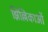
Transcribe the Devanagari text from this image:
झिल्लिकाओं